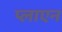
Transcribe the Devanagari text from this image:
प्लाएन